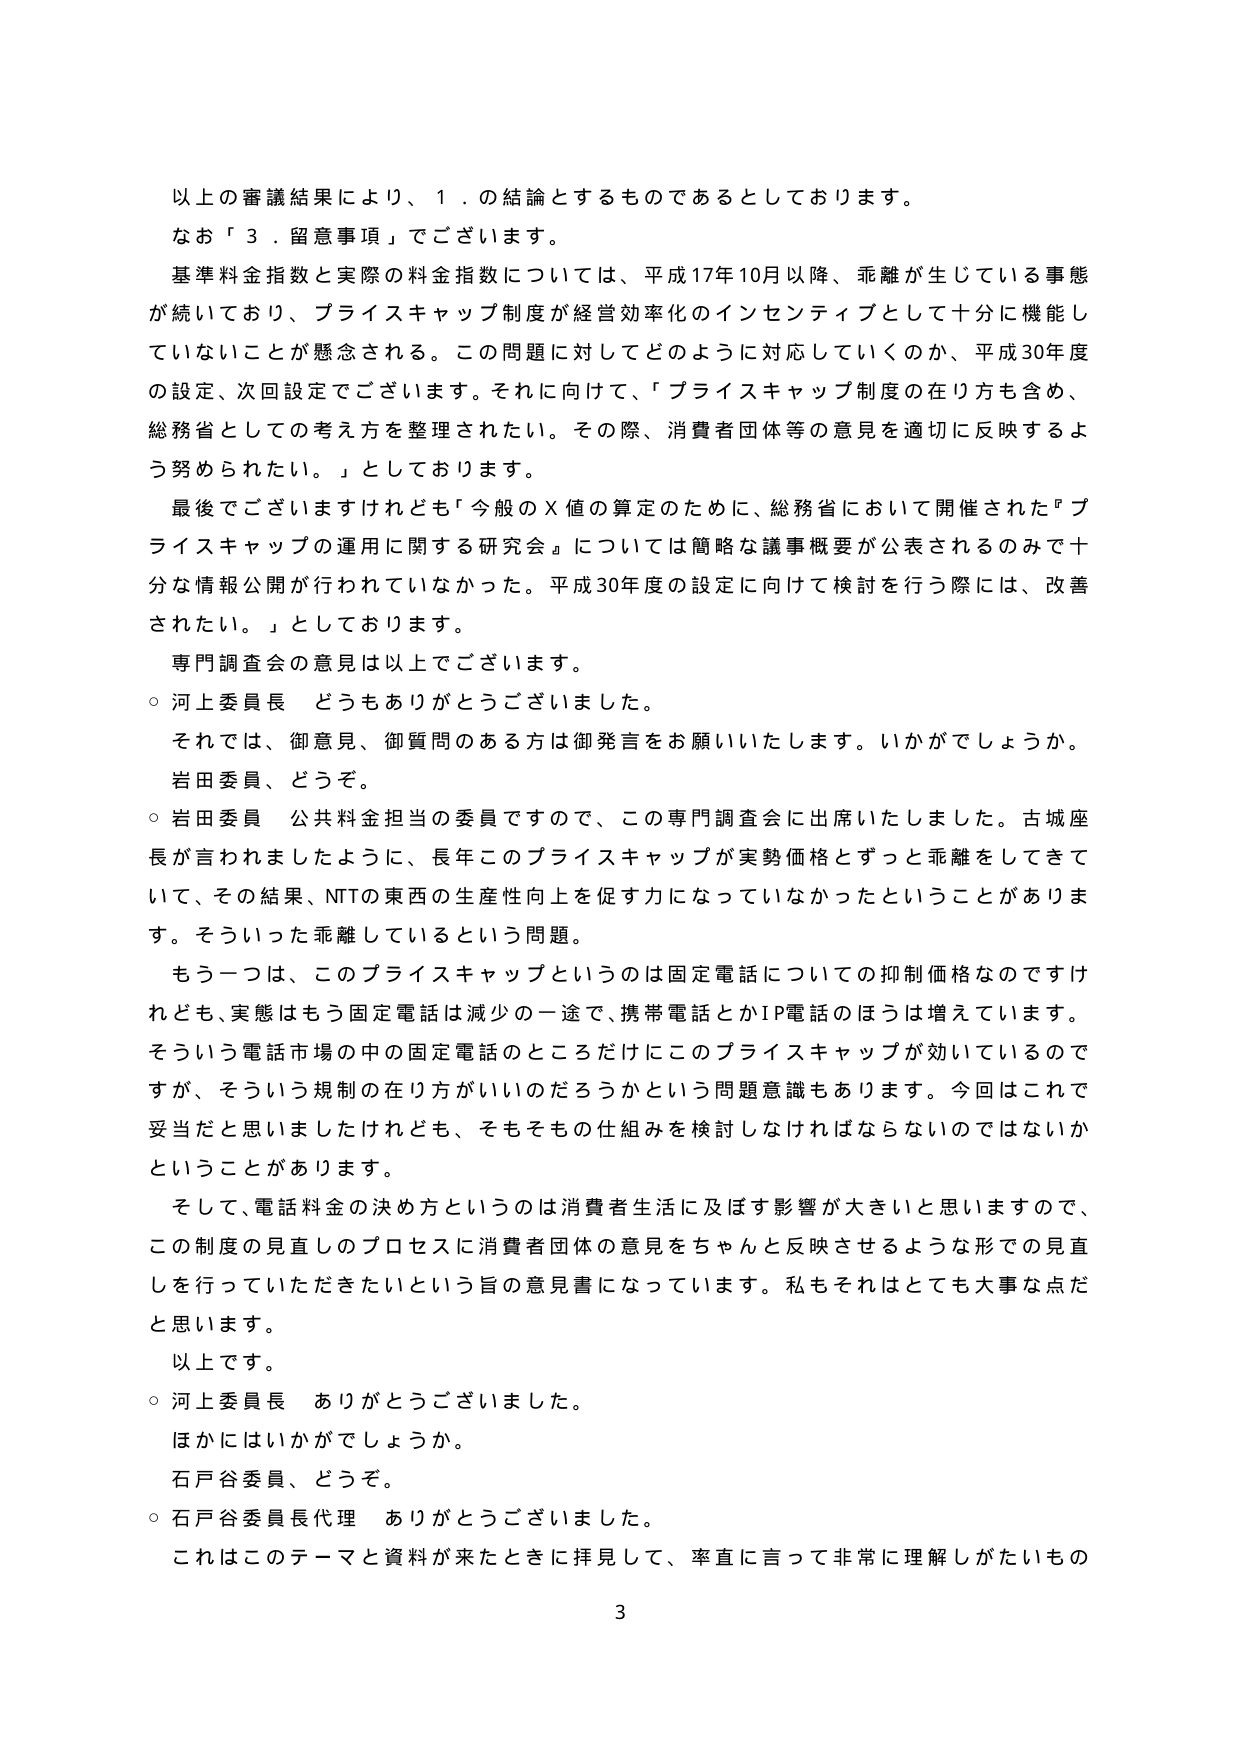
以上の審議結果により、１．の結論とするものであるとしております。
なお「３．留意事項」でございます。
基準料金指数と実際の料金指数については、平成17年10月以降、乖離が生じている事態が続いており、プライスキャップ制度が経営効率化のインセンティブとして十分に機能していないことが懸念される。この問題に対してどのように対応していくのか、平成30年度の設定、次回設定でございます。それに向けて、「プライスキャップ制度の在り方も含め、総務省としての考え方を整理されたい。その際、消費者団体等の意見を適切に反映するよう努められたたい。」としております。
最後でございますけれども「今般のＸ値の算定のために、総務省において開催された『プライスキャップの運用に関する研究会』については簡略な議事概要が公表されるのみで十分な情報公開が行われていなかった。平成30年度の設定に向けて検討を行う際には、改善されたい。」としております。
専門調査会の意見は以上でございます。
○ 河上委員長 どうもありがとうございました。
それでは、御意見、御質問のある方は御発言をお願いいたします。いかがでしょうか。
岩田委員、どうぞ。
○ 岩田委員 公共料金担当の委員ですので、この専門調査会に出席いたしました。古城座長が言われましたように、長年このプライスキャップが実勢価格とずっと乖離をしてきていて、その結果、NTTの東西の生産性向上を促す力になっていなかったということがあります。そういった乖離しているという問題。
もう一つは、このプライスキャップというのは固定電話についての抑制価格なのですが、実態はもう固定電話は減少の一途で、携帯電話とかIP電話のほうは増えています。そういう電話市場の中の固定電話のところだけにこのプライスキャップが効いているのですが、そういう規制の在り方がいいのだろうかという問題意識もあります。今回はこれで妥当だと思いましたけれども、そもそもその仕組みを検討しなければならないのではないかということがあります。
そして、電話料金の決め方というのは消費者生活に及ぼす影響が大きいと思いますので、この制度の見直しのプロセスに消費者団体の意見をちゃんと反映させるような形での見直しを行っていただきたいという旨の意見書になっています。私もそれはとても大事な点だと思います。
以上です。
○ 河上委員長 ありがとうございました。
ほかにはいかがでしょうか。
石戸谷委員、どうぞ。
○ 石戸谷委員長代理 ありがとうございました。
これはこのテーマと資料が来たときに拝見して、率直に言って非常に理解しがたいもの
3